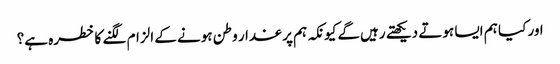
اور کیا ہم ایسا ہوتے دیکھتے رہیں‌گے کیونکہ ہم پر غدار وطن ہونے کے الزام لگنے کا خطرہ ہے؟